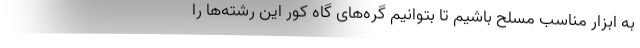
به ابزار مناسب مسلح باشیم تا بتوانیم گره‌های گاه کور این رشته‌ها را